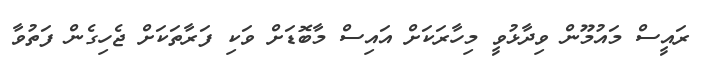
ރައީސް މައުމޫން ވިދާޅުވީ މިހާރަކަށް އައިސް މާބޮޑަށް ވަކި ފަރާތަކަށް ޖެހިގެން ފަތުވާ